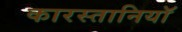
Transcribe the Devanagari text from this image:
कारस्तानियाॅ